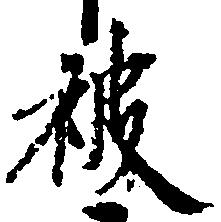
被